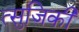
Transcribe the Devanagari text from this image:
त्सुजिकी